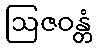
ဩဇဝန္တံ